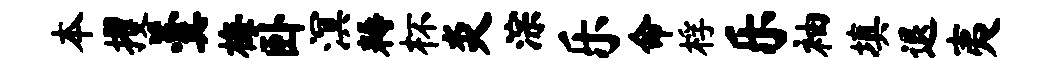
本攫羹梅卧溟耨杯炎淙乐命桴乐袖填退夷